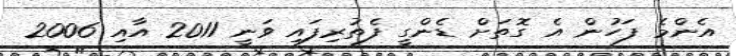
އެންމެ ފަހުން އެ ގޮތަށް ޑެންގީ ފެތުރިފައި ވަނީ 2011 އާއި 2006